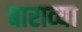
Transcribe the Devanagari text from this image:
बाराव्‍या